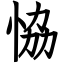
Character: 恊